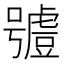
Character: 𧇼